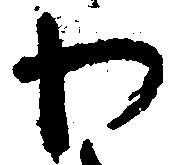
わ